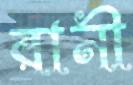
রানী